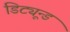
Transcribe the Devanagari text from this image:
डिट्यून्ड